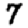
Digit: 7